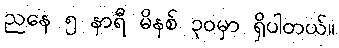
ညနေ ၅ နာရီ မိနစ် ၃၀မှာ ရှိပါတယ်။